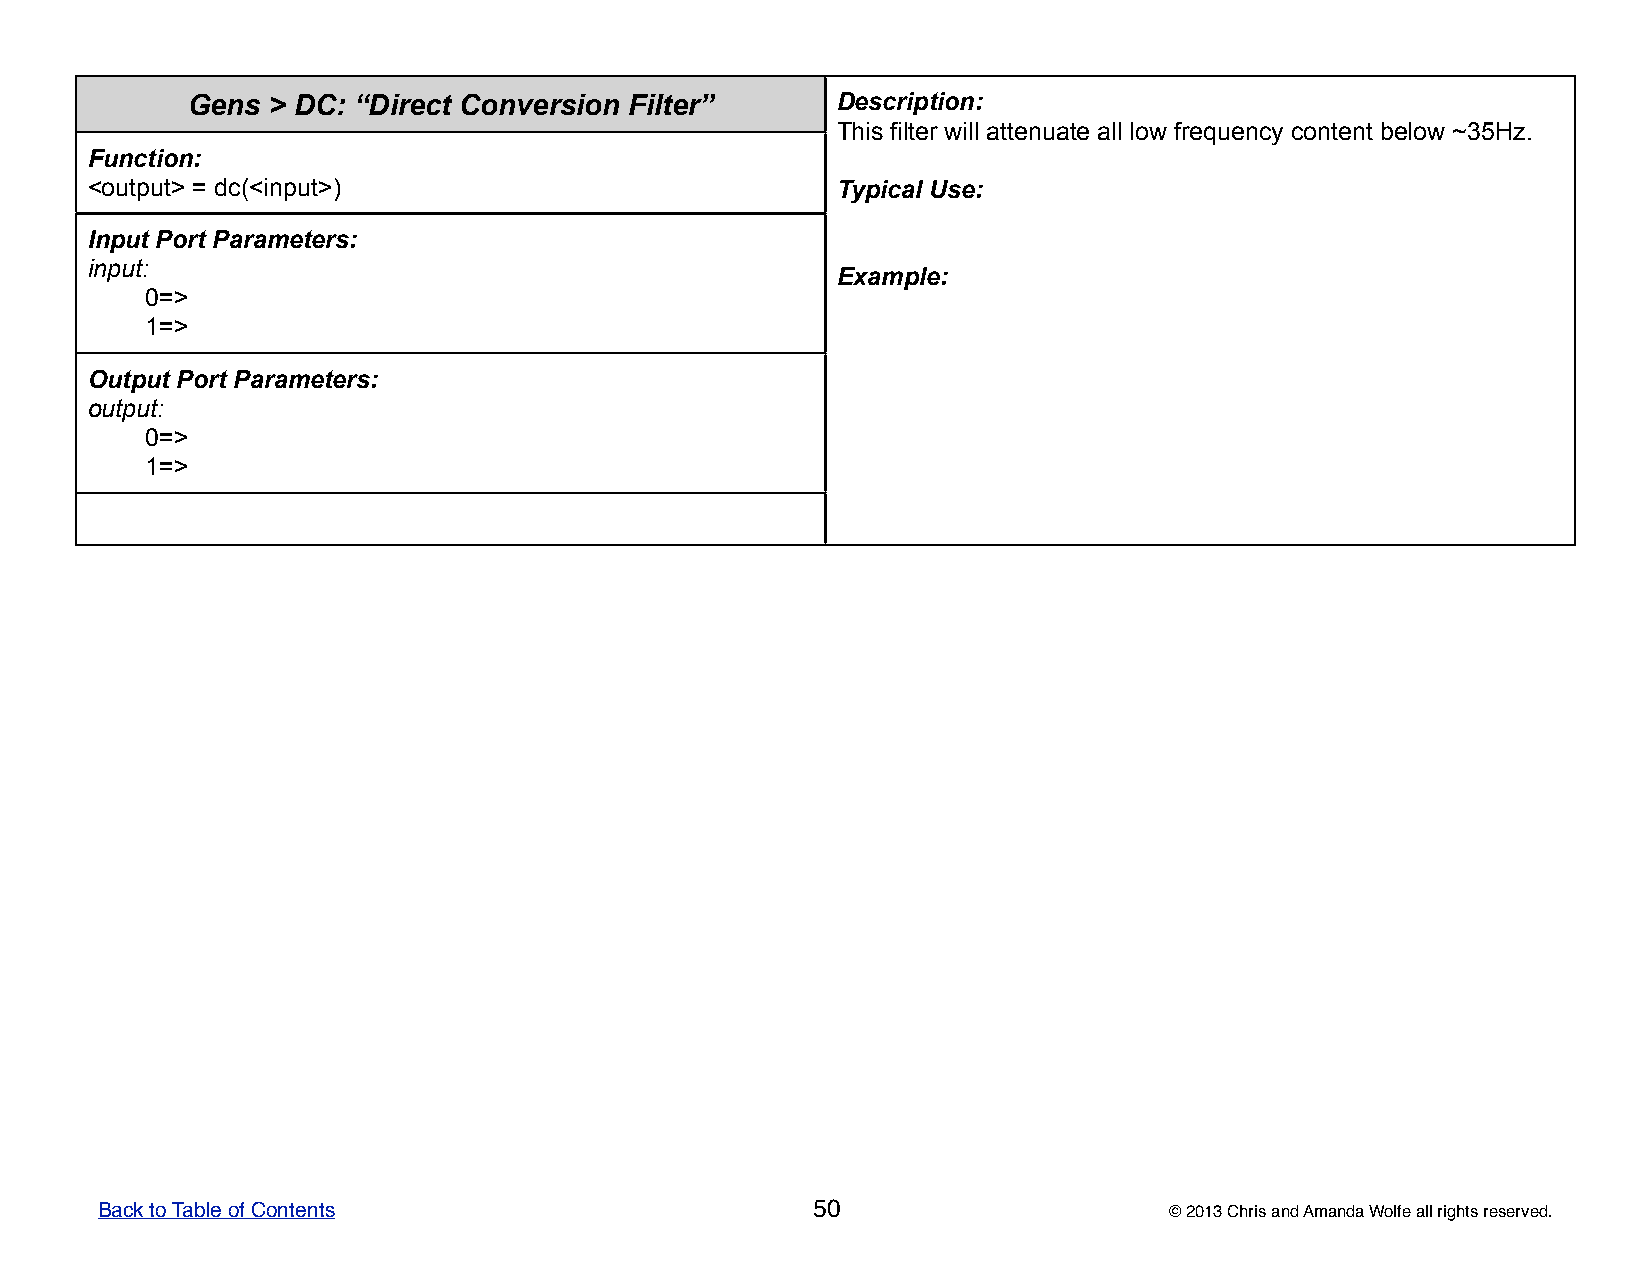
Gens  > DC: “Direct Conversion Filter”     DDDDDeeeeessssscccccrrrrriiiiippppptttttiiiiiooooonnnnn:::::
 TTTTThhhhhiiiiisssss fffffiiiiilllllttttteeeeerrrrr wwwwwiiiiillllllllll aaaaatttttttttteeeeennnnnuuuuuaaaaattttteeeee aaaaallllllllll lllllooooowwwww fffffrrrrreeeeeqqqqquuuuueeeeennnnncccccyyyyy cccccooooonnnnnttttteeeeennnnnttttt bbbbbeeeeelllllooooowwwww ~~~~~3333355555HHHHHzzzzz.....
 Function:
 <output> = dc(<input>)                           TTTTTyyyyypppppiiiiicccccaaaaalllll UUUUUssssseeeee:::::
 Input Port Parameters:
 input:
 EEEEExxxxxaaaaammmmmpppppllllleeeee:::::
 0=>
 1=>
 Output Port Parameters:
 output:
 0=>
 1=>
 Back to Table of Contents                       50                     © 2013 Chris and Amanda Wolfe all rights reserved.